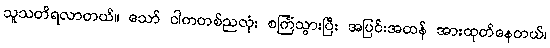
သူသတိရလာတယ်။ သော် ငါကတစ်ညလုံး စင်္ကြံသွားပြီး အပြင်းအထန် အားထုတ်နေတယ်၊